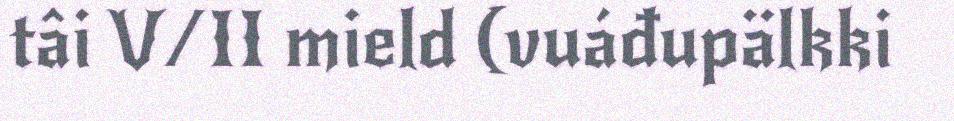
tâi V/II mield (vuáđupälkki